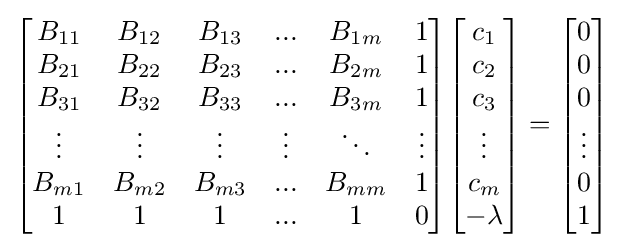
{\begin{bmatrix}B_{11}&B_{12}&B_{13}&...&B_{1m}&1\\B_{21}&B_{22}&B_{23}&...&B_{2m}&1\\B_{31}&B_{32}&B_{33}&...&B_{3m}&1\\\vdots &\vdots &\vdots &\vdots &\ddots &\vdots \\B_{m1}&B_{m2}&B_{m3}&...&B_{mm}&1\\1&1&1&...&1&0\end{bmatrix}}{\begin{bmatrix}c_{1}\\c_{2}\\c_{3}\\\vdots \\c_{m}\\-\lambda \end{bmatrix}}={\begin{bmatrix}0\\0\\0\\\vdots \\0\\1\end{bmatrix}}